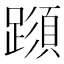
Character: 𨅑